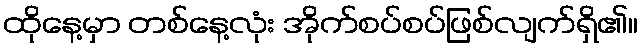
ထိုနေ့မှာ တစ်နေ့လုံး အိုက်စပ်စပ်ဖြစ်လျက်ရှိ၏။